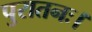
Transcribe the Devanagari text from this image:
पुरातनः।